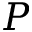
P